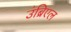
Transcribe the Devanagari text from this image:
उंब्रिएल